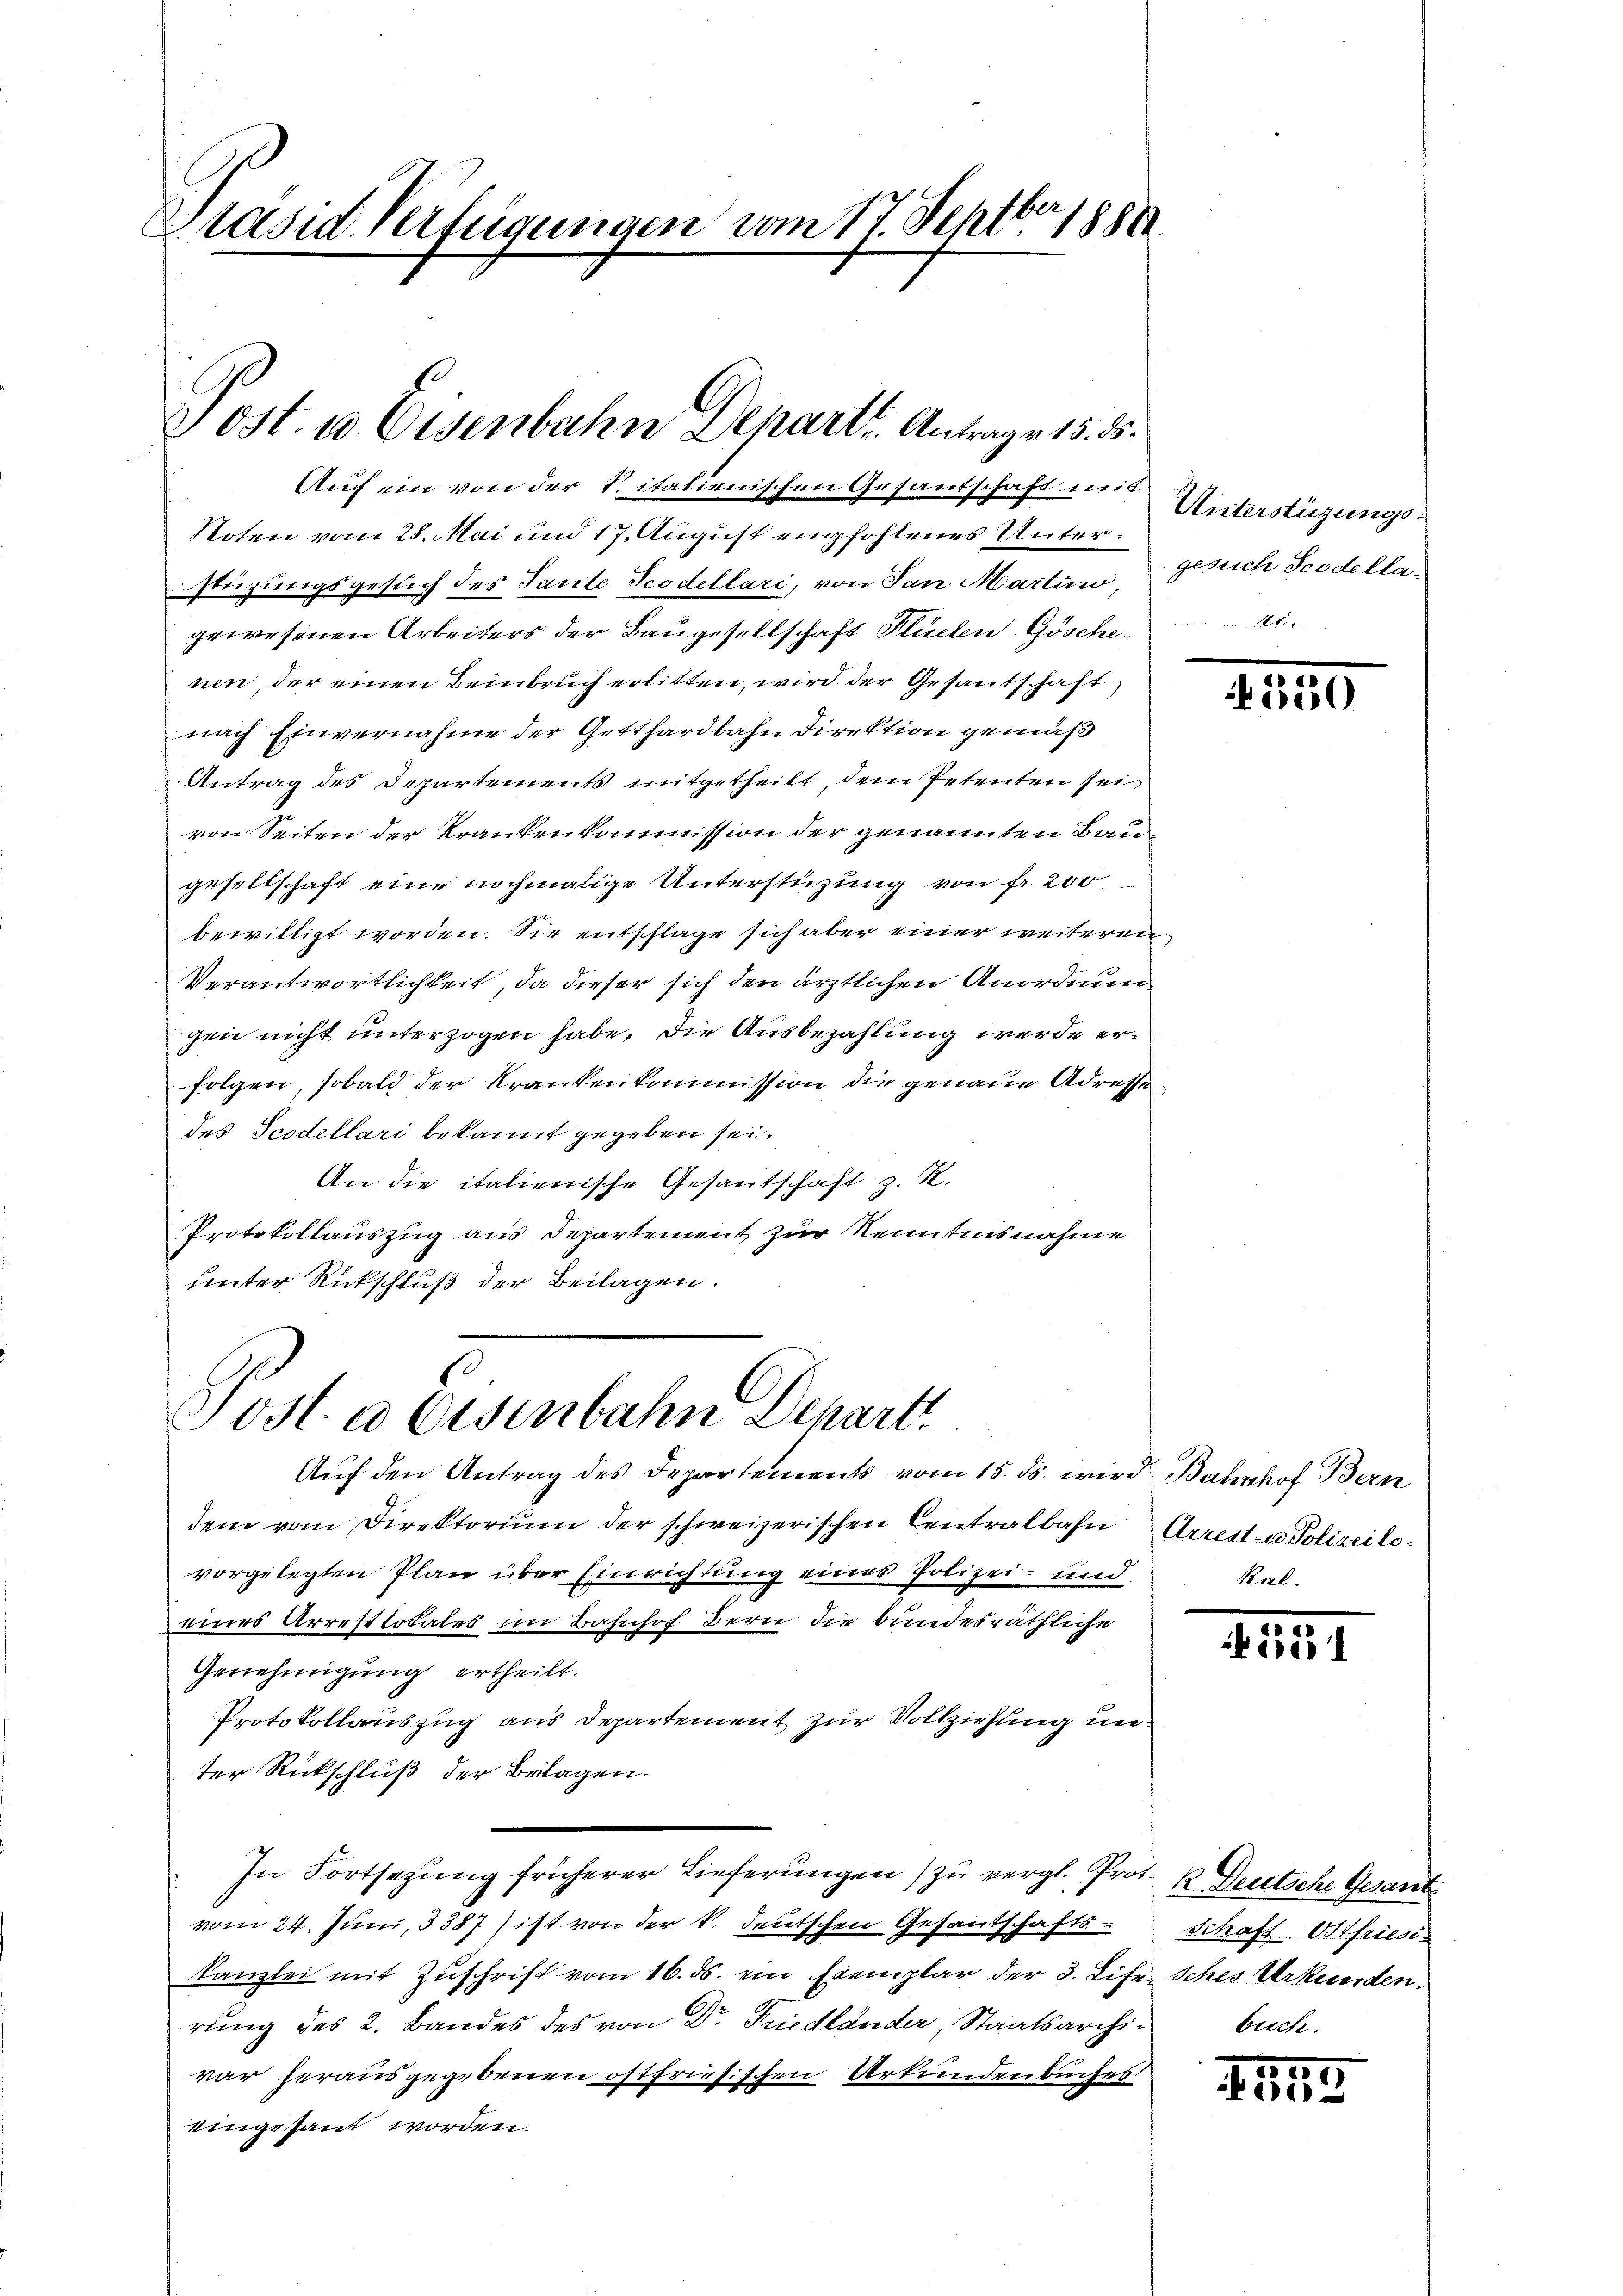
Präsid. Verfügungen vom 17. Septbr 1888

Post. 10. Eisenbahn Depart. Antrage 15. ds.

Auf ein von der Sitalienischen Gesantschaft mit
Noten vom 28. Mai und 17. August empfohlenes Unterstüzungsgesuch des Tante Scodellari, von San Martino,
gewesenen Arbeiters der Baugesellschaft Plüelen-Göschenen, der einen Beinbruch erlitten, wird der Gesantschaft
nach Einvernahme der Gotthardbahn Direktion gemäß
Antrag des Departements mitgetheilt, dem Petenten sei,
von Seiten der Krankenkommission der genannten Bau
gesellschaft eine nochmalige Unterstüzung von fr. 200
bewilligt worden. Sie entschlage sich aber einer weiteren
Verantwortlichkeit, da dieser sich den ärztlichen Anordnun
gen nicht unterzogen habe, die Ausbezahlung werde erfolgen, sobald der Krankenkommission die genaue Adresse
des Scodellari bekannt gegeben sei.
An die italienische Gesantschaft z. R.
Protokollauszug aus Departement zur Kenntnisnahme
unter Rückschluß der Beilagen.
Posta Eisenbahn Departi
Aŭf den Antrag des Departements vom 15. ds. wird Bahnhof Bern
dem vom Direktorium der schweizerischen Centralbahn
vorgelegten Plan über Einrichtung eines Polizei- und
eines Arrestlokales im Bahnhof Bern die bundesräthliche
Genehmigung ertheilt.
Protokollauszug aus Departement zur Vollziehung unter Rückschluß der Beilagen.
In Fortsezung früherer Lieferungen) zu vergl. Prof. K. Deutsche Gesant
vom 24. Juni, 3387 ist von der k. deutschen Gesandtschafts-
kanzlei mit Zuschrift vom 16. ds. ein Exemplar der 3. Life. Iches Urkunden
rung des 2. Bandes des von Dr. Friedländer, Staatsarchiwar herausgegebenen östfriesischen Urkundenbuches
eingesant worden.

Untertigungsgesuch Scodella-

2

550

Arrest- u Polizeilo-
Ka

5
51231

Schaft Otfriesi-
buch.

157
 1100